Proceedings of the meeting of veterinary officers in India
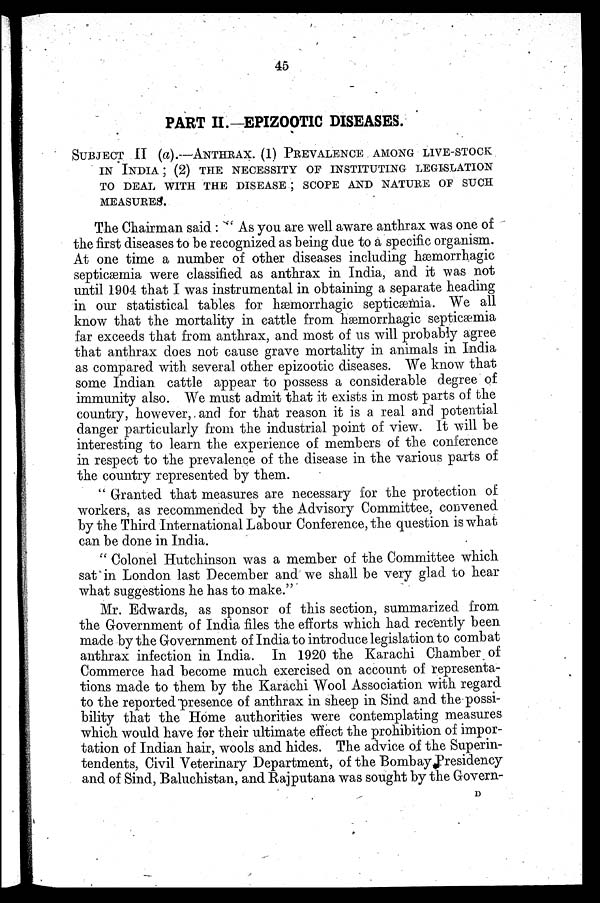
45
PART II.—EPIZOOTIC DISEASES.
SUBJECT II (a).-ANTHRAX. (1) PREVALENCE AMONG LIVE-STOCK
IN INDIA; (2) THE NECESSITY OF INSTITUTING LEGISLATION
TO DEAL WITH THE DISEASE; SCOPE AND NATURE OF SUCH
MEASURES.
The Chairman said: "As you are well aware anthrax was one of
the first diseases to be recognized as being due to a specific organism.
At one time a number of other diseases including hæmorrhagic
septicæmia were classified as anthrax in India, and it was not
until 1904 that I was instrumental in obtaining a separate heading
in our statistical tables for hæmorrhagic septicæmia. We all
know that the mortality in cattle from hæmorrhagic septicæmia
far exceeds that from anthrax, and most of us will probably agree
that anthrax does not cause grave mortality in animals in India
as compared with several other epizootic diseases. We know that
some Indian cattle appear to possess a considerable degree of
immunity also. We must admit that it exists in most parts of the
country, however, and for that reason it is a real and potential
danger particularly from the industrial point of view. It will be
interesting to learn the experience of members of the conference
in respect to the prevalence of the disease in the various parts of
the country represented by them.
"Granted that measures are necessary for the protection of
workers, as recommended by the Advisory Committee, convened
by the Third International Labour Conference, the question is what
can be done in India.
"Colonel Hutchinson was a member of the Committee which
sat in London last December and we shall be very glad to hear
what suggestions he has to make."
Mr. Edwards, as sponsor of this section, summarized from
the Government of India files the efforts which had recently been
made by the Government of India to introduce legislation to combat
anthrax infection in India. In 1920 the Karachi Chamber of
Commerce had become much exercised on account of representa-
tions made to them by the Karachi Wool Association with regard
to the reported presence of anthrax in sheep in Sind and the possi-
bility that the Home authorities were contemplating measures
which would have for their ultimate effect the prohibition of impor-
tation of Indian hair, wools and hides. The advice of the Superin-
tendents, Civil Veterinary Department, of the Bombay Presidency
and of Sind, Baluchistan, and Rajputana was sought by the Govern-
D